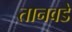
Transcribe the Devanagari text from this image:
तानवडे